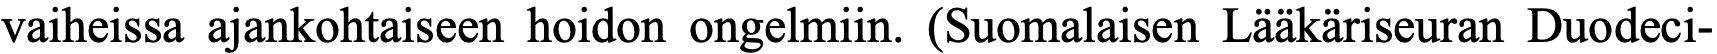
vaiheissa ajankohtaiseen hoidon ongelmiin. (Suomalaisen Lääkäriseuran Duodeci-